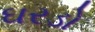
ઘરડો